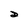
Character: D